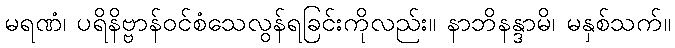
မရဏံ၊ ပရိနိဗ္ဗာန်ဝင်စံသေလွန်ရခြင်းကိုလည်း။ နာဘိနန္ဒာမိ၊ မနှစ်သက်။